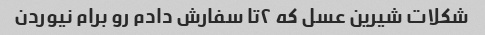
شکلات شیرین عسل که ۲تا سفارش دادم رو برام نیوردن